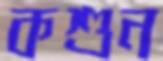
কশুন